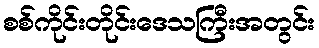
စစ်ကိုင်းတိုင်းဒေသကြီးအတွင်း